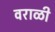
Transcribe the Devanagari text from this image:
वराळी